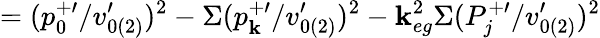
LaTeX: =(p_{0}^{+\prime}/v_{0(2)}^{\prime})^{2}-\Sigma(p_{\mathbf{k}}^{+\prime}/v_{0(2)}^{\prime})^{2}-\mathbf{k}_{eg}^{2}\Sigma(P_{j}^{+\prime}/v_{0(2)}^{\prime})^{2}